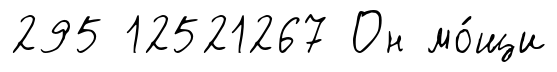
295 12521267 Он мо́щи